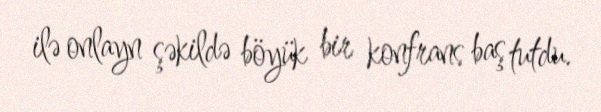
ilə onlayn şəkildə böyük bir konfrans baş tutdu.